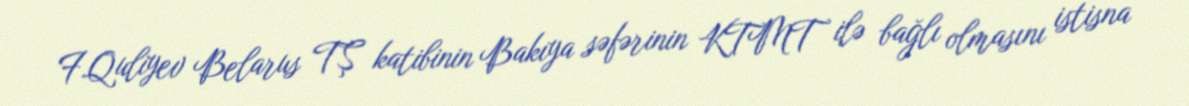
F.Quliyev Belarus TŞ katibinin Bakıya səfərinin KTMT ilə bağlı olmasını istisna